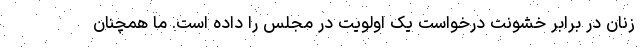
زنان در برابر خشونت درخواست یک اولویت در مجلس را داده است. ما همچنان